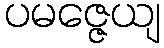
ပမဇ္ဇေယျ